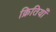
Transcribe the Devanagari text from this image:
क्रितियाँ